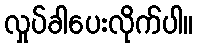
လှုပ်ခါပေးလိုက်ပါ။